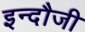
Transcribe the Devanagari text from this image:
इन्दौजी